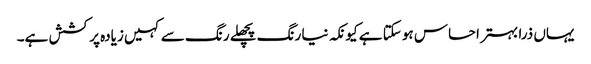
یہاں ذرا بہتر احساس ہو سکتا ہے کیونکہ نیا رنگ پچھلے رنگ سے کہیں زیادہ پرکشش ہے۔